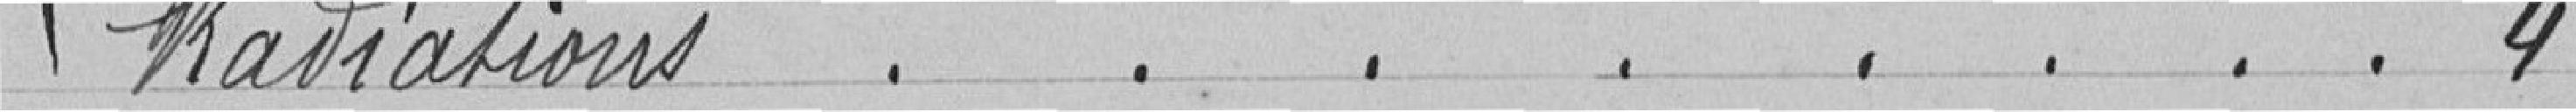
Radiations ........ 4